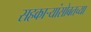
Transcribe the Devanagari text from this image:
सहकार्‍यांसोबतच्या